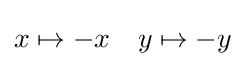
{\begin{aligned}x\mapsto -x&&y\mapsto -y\end{aligned}}